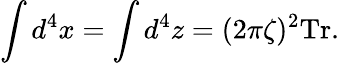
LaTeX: \int d^{4}x=\int d^{4}z=(2\pi\zeta)^{2}\mathrm{Tr}.